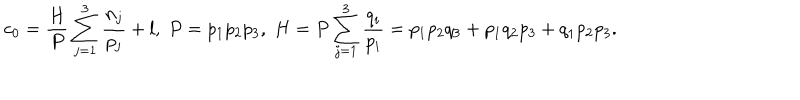
c _ { 0 } = \frac { H } { P } \sum _ { j = 1 } ^ { 3 } \frac { n _ { j } } { p _ { j } } + l , \; P = p _ { 1 } p _ { 2 } p _ { 3 } , \; H = P \sum _ { j = 1 } ^ { 3 } \frac { q _ { i } } { p _ { i } } = p _ { 1 } p _ { 2 } q _ { 3 } + p _ { 1 } q _ { 2 } p _ { 3 } + q _ { 1 } p _ { 2 } p _ { 3 } .